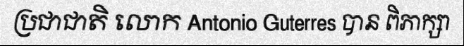
ប្រជាជាតិ លោក Antonio Guterres បាន ពិភាក្សា